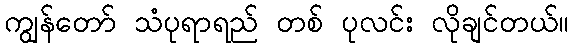
ကျွန်တော် သံပုရာရည် တစ် ပုလင်း လိုချင်တယ်။